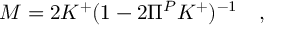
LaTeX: M = 2 K ^ { + } ( 1 - 2 \Pi ^ { P } K ^ { + } ) ^ { - 1 } \quad ,